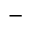
^ { - }